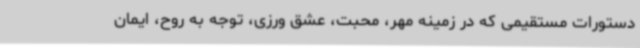
دستورات مستقیمی که در زمینه مهر، محبت، عشق ورزی، توجه به روح، ایمان